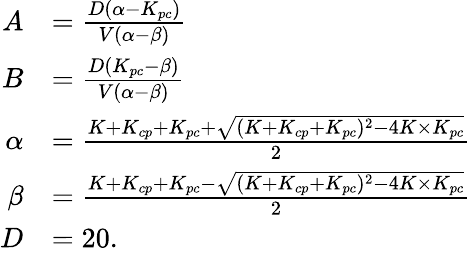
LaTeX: \begin{array}{rl}{A}&{=\frac{D(\alpha-K_{pc})}{V(\alpha-\beta)}}\\ {B}&{=\frac{D(K_{pc}-\beta)}{V(\alpha-\beta)}}\\ {\alpha}&{=\frac{K+K_{cp}+K_{pc}+\sqrt{(K+K_{cp}+K_{pc})^{2}-4K\times K_{pc}}}{2}}\\ {\beta}&{=\frac{K+K_{cp}+K_{pc}-\sqrt{(K+K_{cp}+K_{pc})^{2}-4K\times K_{pc}}}{2}}\\ {D}&{=20.}\end{array}